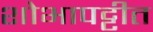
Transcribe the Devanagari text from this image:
शोभापट्टीत